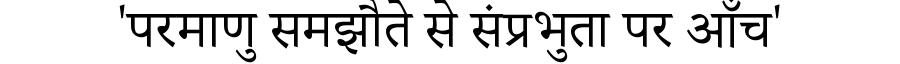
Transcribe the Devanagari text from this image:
'परमाणु समझौते से संप्रभुता पर आँच'